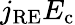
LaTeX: j_{\mathrm{RE}}E_{\mathrm{c}}